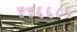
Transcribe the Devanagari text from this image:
५५६६८६